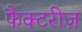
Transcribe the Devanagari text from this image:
फैक्टरीज़